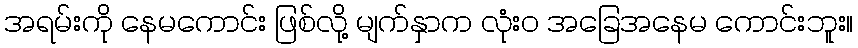
အရမ်းကို နေမကောင်း ဖြစ်လို့ မျက်နှာက လုံးဝ အခြေအနေမ ကောင်းဘူး။